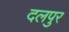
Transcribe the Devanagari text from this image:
दलपुर